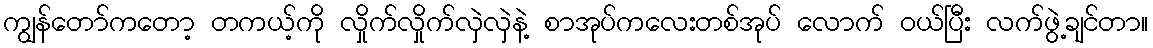
ကျွန်တော်ကတော့ တကယ့်ကို လှိုက်လှိုက်လှဲလှဲနဲ့ စာအုပ်ကလေးတစ်အုပ် လောက် ဝယ်ပြီး လက်ဖွဲ့ချင်တာ။